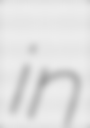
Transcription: in